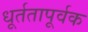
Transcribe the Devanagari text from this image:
धूर्ततापूर्वक